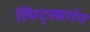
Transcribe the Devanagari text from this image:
स्पिट्स्बर्गन